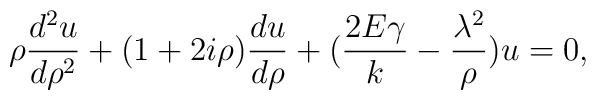
\rho{{d^2u}\over d\rho^2}+(1+2i\rho){du\over d\rho} +({2E \gamma\over k}-{\lambda^2\over \rho})u=0,